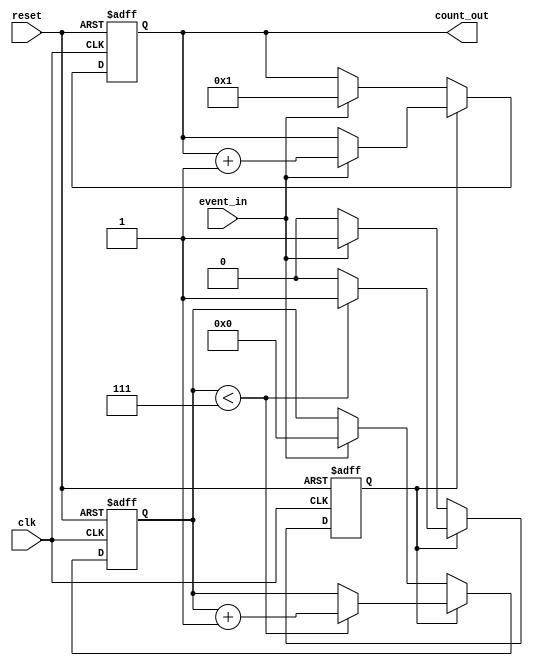
module windowed_counter #(
    parameter WINDOW_SIZE = 8 // Configurable window size
)(
    input wire clk,            // Clock signal
    input wire reset,          // Asynchronous reset signal
    input wire event_in,       // Event signal to be counted
    output reg [7:0] count_out // Count output (8-bit to accommodate counts)
);

    reg [3:0] window_timer;    // Timer to track the elapsed window size
    reg counting;               // Flag to indicate if counting is active

    // Asynchronous reset and counting logic
    always @(posedge clk or posedge reset) begin
        if (reset) begin
            count_out <= 8'b0;  // Reset count to zero
            window_timer <= 4'b0; // Reset window timer
            counting <= 1'b0;     // Reset counting flag
        end else begin
            if (counting) begin
                // Increment count on event signal
                if (event_in) begin
                    count_out <= count_out + 1;
                end

                // Increment window timer
                if (window_timer < WINDOW_SIZE - 1) begin
                    window_timer <= window_timer + 1;
                end else begin
                    counting <= 1'b0; // Stop counting after window size reached
                end
            end else begin
                // Start counting on the first event signal
                if (event_in) begin
                    counting <= 1'b1; // Enable counting
                    count_out <= 8'b1; // Start count from 1
                    window_timer <= 4'b0; // Reset window timer
                end
            end
        end
    end

endmodule